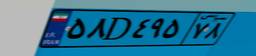
۵۸D۴۹۵۷۸